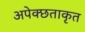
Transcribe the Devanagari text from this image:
अपेक्छताकृत